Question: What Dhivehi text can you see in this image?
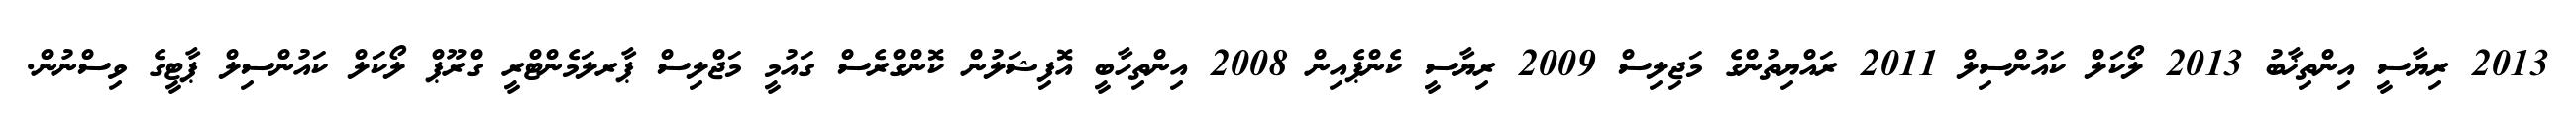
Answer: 2013 ރިޔާސީ އިންތިޚާބު 2013 ލޯކަލް ކައުންސިލް 2011 ރައްޔިތުންގެ މަޖިލިސް 2009 ރިޔާސީ ކެންޕެއިން 2008 އިންތިހާބީ އޮފިޝަލުން ކޮންގްރެސް ގައުމީ މަޖްލިސް ޕާރލަމެންޓްރީ ގްރޫޕް ލޯކަލް ކައުންސިލް ޕާޓީގެ ވިސްނުން.